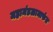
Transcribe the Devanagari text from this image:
महामंडळामार्फत